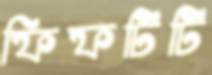
ফিফটিটি